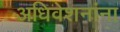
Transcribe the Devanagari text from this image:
अधिवेशनांना